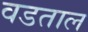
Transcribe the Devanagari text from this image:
वडताल